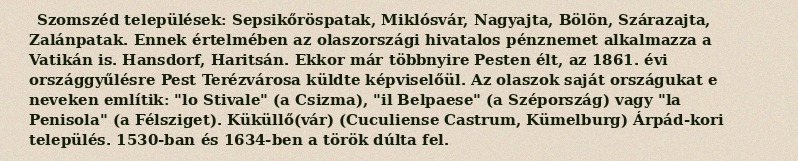
Szomszéd települések: Sepsikőröspatak, Miklósvár, Nagyajta, Bölön, Szárazajta, Zalánpatak. Ennek értelmében az olaszországi hivatalos pénznemet alkalmazza a Vatikán is. Hansdorf, Haritsán. Ekkor már többnyire Pesten élt, az 1861. évi országgyűlésre Pest Terézvárosa küldte képviselőül. Az olaszok saját országukat e neveken említik: "lo Stivale" (a Csizma), "il Belpaese" (a Szépország) vagy "la Penisola" (a Félsziget). Küküllő(vár) (Cuculiense Castrum, Kümelburg) Árpád-kori település. 1530-ban és 1634-ben a török dúlta fel.